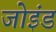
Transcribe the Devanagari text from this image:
जोइंड